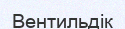
Вентильдік